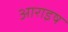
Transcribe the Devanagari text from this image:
आराइष